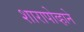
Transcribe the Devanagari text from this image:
शारापोव्हाने